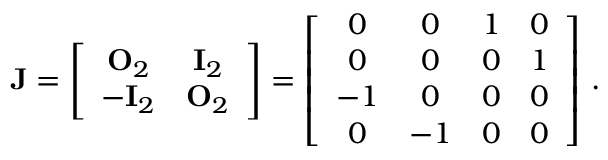
\mathbf { J } = \left[ \begin{array} { c c } { \mathbf { O } _ { 2 } } & { \mathbf { I } _ { 2 } } \\ { - \mathbf { I } _ { 2 } } & { \mathbf { O } _ { 2 } } \end{array} \right] = \left[ \begin{array} { c c c c } { 0 } & { 0 } & { 1 } & { 0 } \\ { 0 } & { 0 } & { 0 } & { 1 } \\ { - 1 } & { 0 } & { 0 } & { 0 } \\ { 0 } & { - 1 } & { 0 } & { 0 } \end{array} \right] \, .